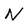
Character: N